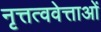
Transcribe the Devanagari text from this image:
नृत्तत्ववेत्ताओं